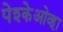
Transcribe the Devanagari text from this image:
पेश्केओव्हा